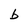
Character: b